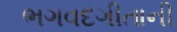
ભગવદગીતાની